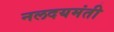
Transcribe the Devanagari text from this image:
नलदयमंती